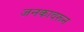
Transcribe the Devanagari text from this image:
जनकावरून